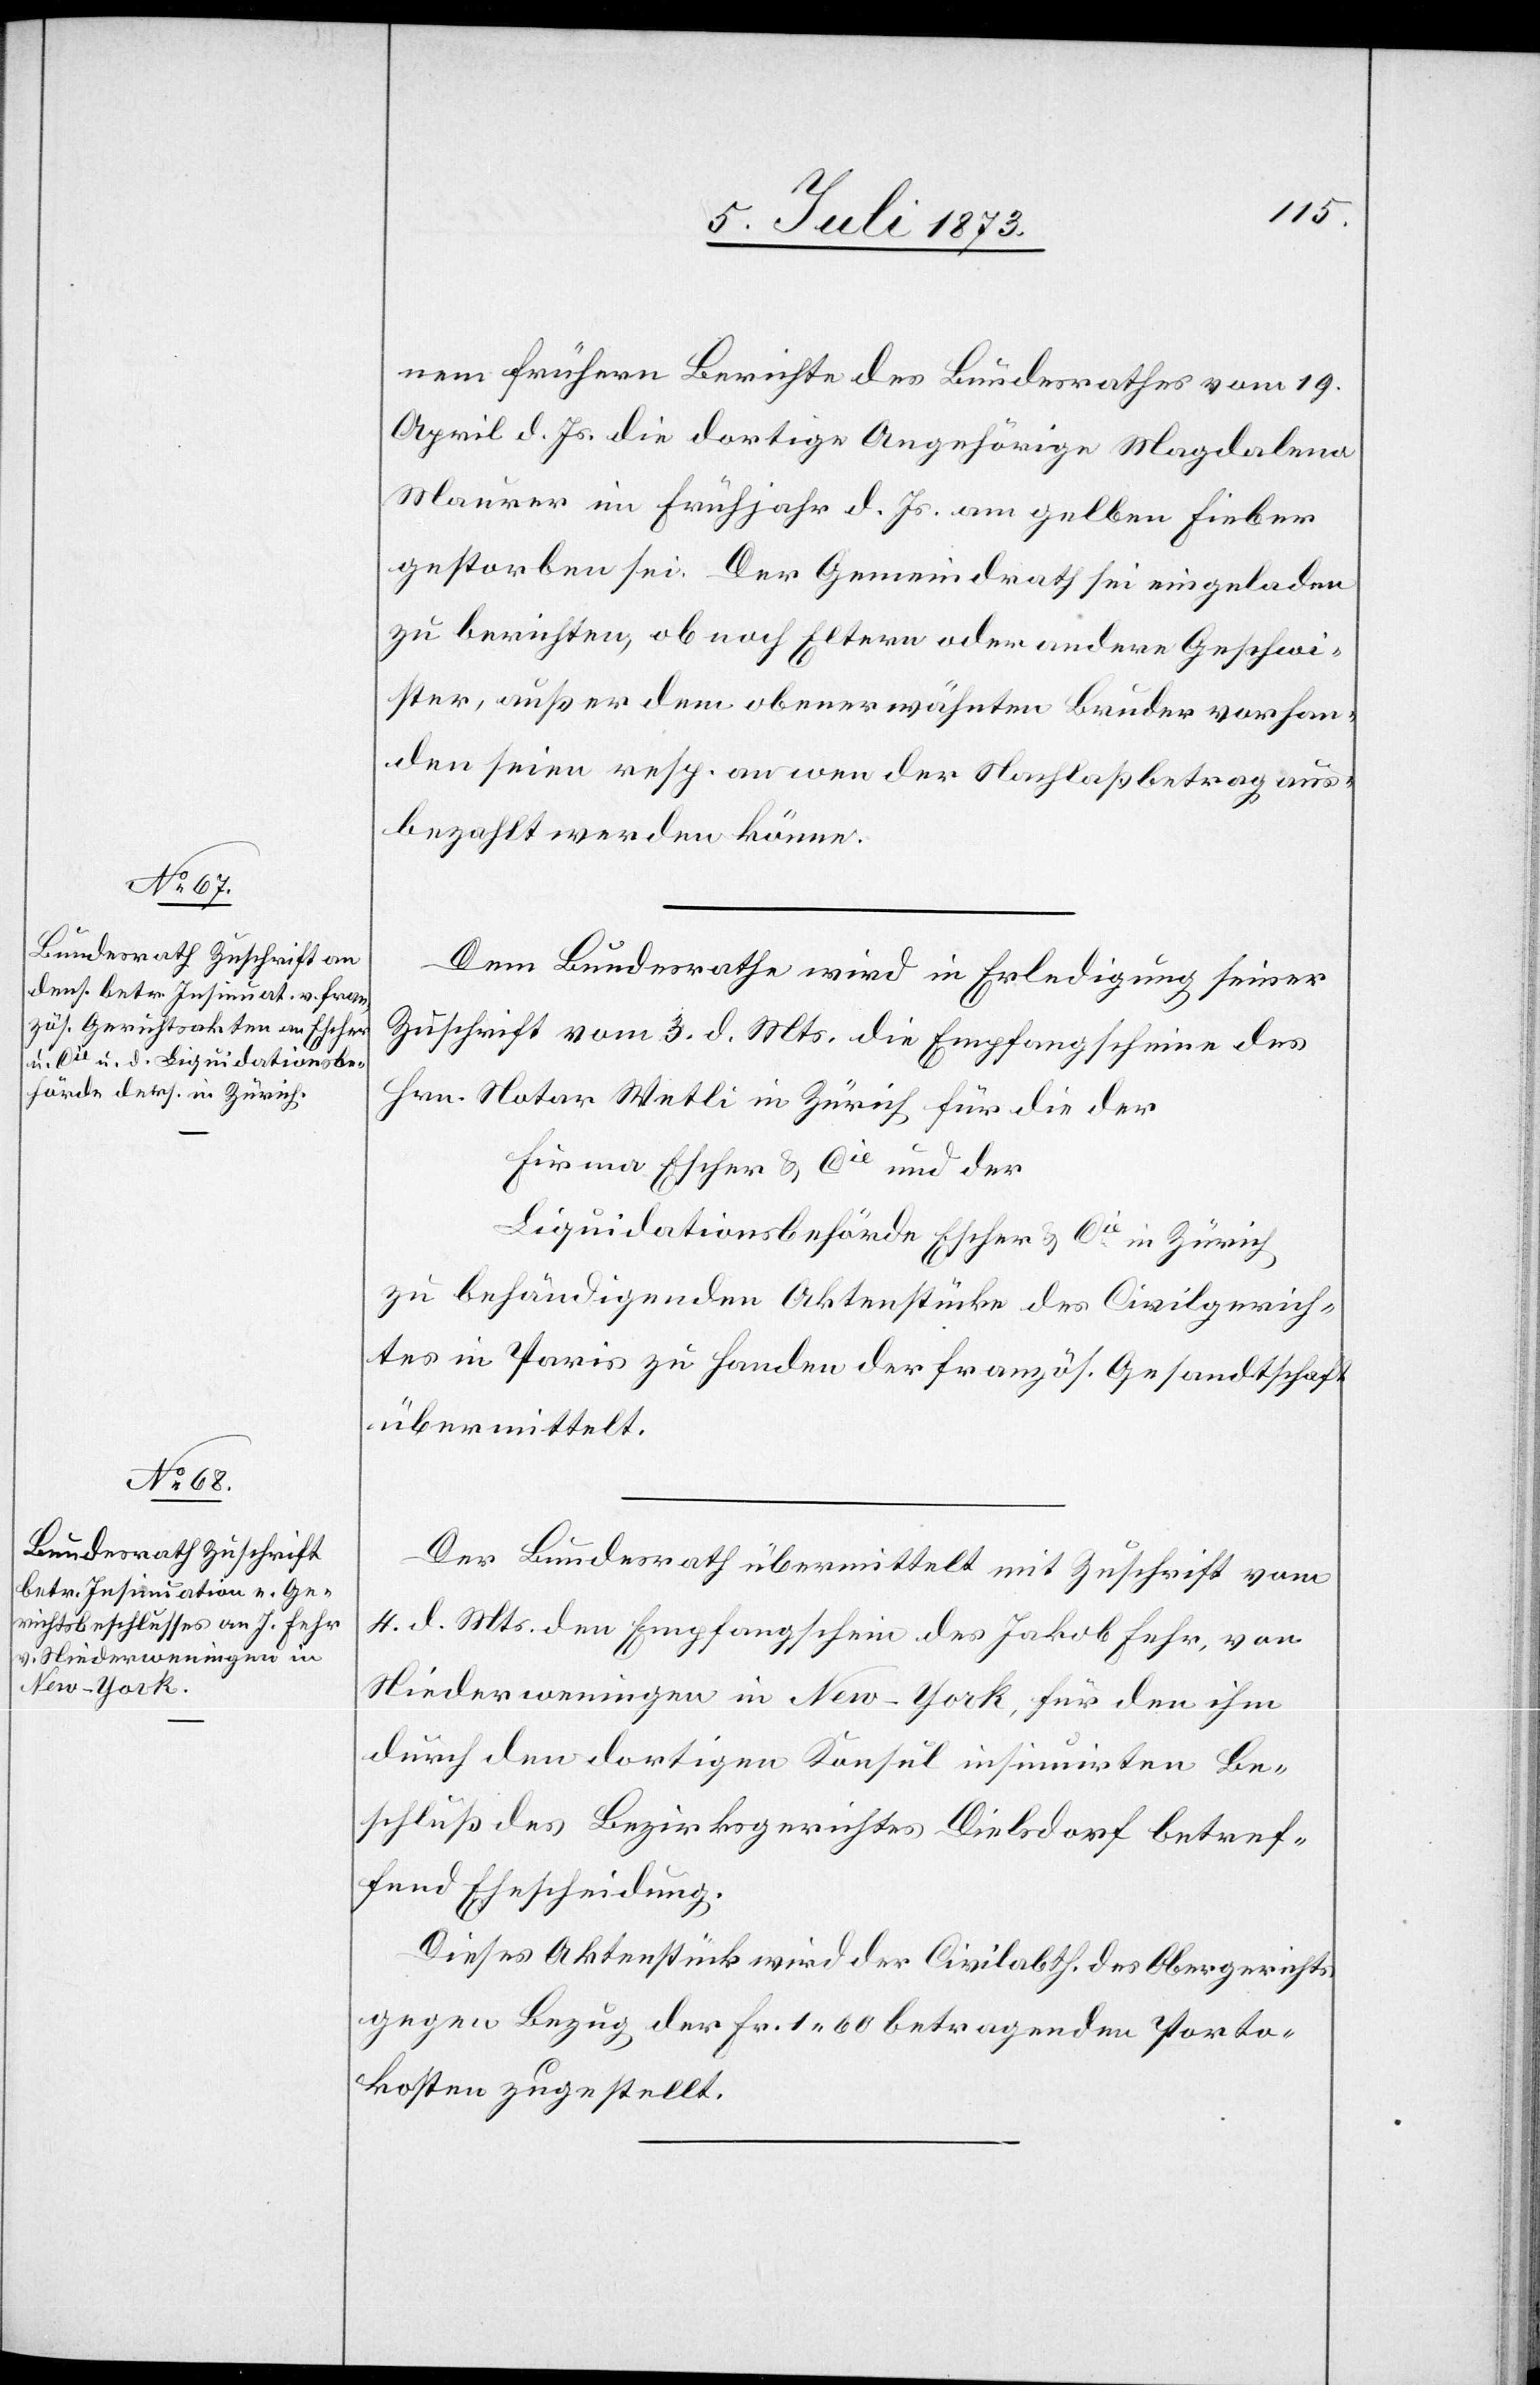
7. Juli 1873.]
nem frühern Berichte des Bundesrathes vom 19.
April d. Js. die dortige Angehörige Magdalena
Maurer im Frühjahr d. Js. am gelben Fieber
gestorben sei. Der Gemeindrath sei eingeladen
zu berichten, ob noch Eltern oder andere Geschwi¬
ster, außer dem obenerwähnten Bruder vorhan¬
den seien resp. an wen der Nachlaßbetrag aus¬
bezahlt werden könne.
Dem Bundesrathe wird in Erledigung seiner
Zuschrift vom 3. d. Mts. die Empfangscheine
Hrn. Notar Wetli in Zürich für die der
Firma Escher & Cie und der
Liquidationsbehörde Escher & Cie in Zürich
zu behändigenden Aktenstücke des Civilgerich¬
tes in Paris zu Handen der französ. Gesandtschaft
übermittelt.
Der Bundesrath übermittelt mit Zuschrift vom
4. d. Mts. den Empfangschein des Jakob Fehr, von
Niederweningen in New-York, für den ihm
durch den dortigen Konsul insinuirten Be¬
schluß des Bezirksgerichtes Dielsdorf betref¬
fend Ehescheidung.
Dieses Aktenstück wird der Civilabth. des Obergerichts
gegen Bezug der Fr. 1 60 betragenden Porto¬
kosten zugestellt.